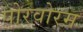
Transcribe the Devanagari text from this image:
पोरवोरम